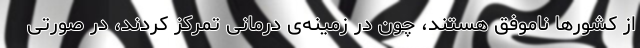
از کشورها ناموفق هستند، چون در زمینه‌ی درمانی تمرکز کردند، در صورتی